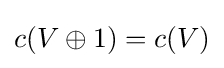
c(V\oplus 1)=c(V)